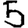
Digit: 5